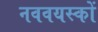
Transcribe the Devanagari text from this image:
नववयस्कों